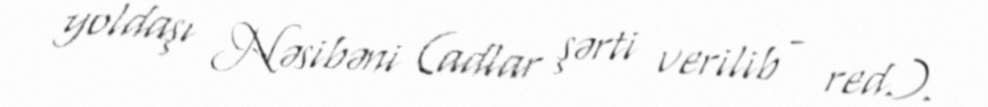
yoldaşı Nəsibəni (adlar şərti verilib - red.).